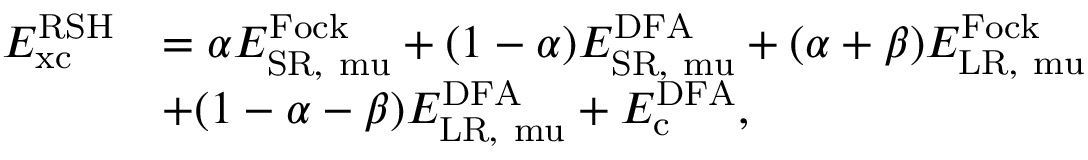
\begin{array} { r l } { E _ { \mathrm { { x c } } } ^ { \mathrm { R S H } } } & { = \alpha E _ { \mathrm { { S R , } \ m u } } ^ { \mathrm { F o c k } } + ( 1 - \alpha ) E _ { \mathrm { { S R , } \ m u } } ^ { \mathrm { D F A } } + ( \alpha + \beta ) E _ { \mathrm { { L R , } \ m u } } ^ { \mathrm { F o c k } } } \\ & { + ( 1 - \alpha - \beta ) E _ { \mathrm { { L R , } \ m u } } ^ { \mathrm { D F A } } + E _ { \mathrm { { c } } } ^ { \mathrm { D F A } } , } \end{array}